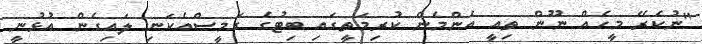
"ނުކެރޭ މީހެއް ނޫން ތިއީ އެންމެން ކުރިމަތީގައި ބިޓުގެ ގަމީސްއެކަނި ލައިގެން އުޅުނީ